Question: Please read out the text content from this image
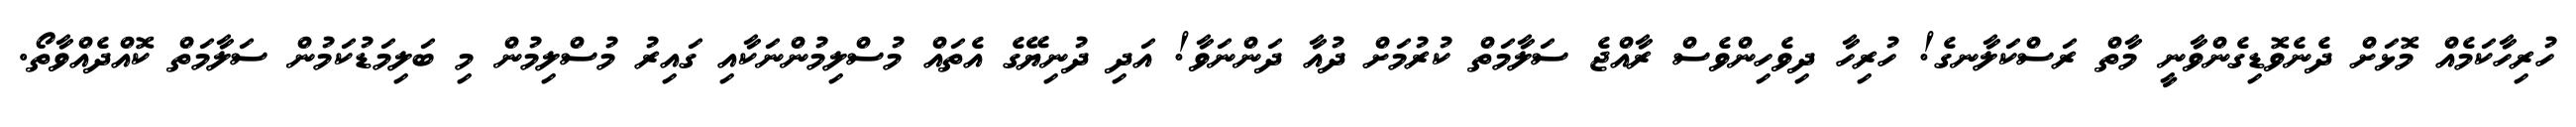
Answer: ހުރިހާކަމެއް މޮޅަށް ދެނެވޮޑިގެންވާނީ މާތް ރަސްކަލާނގެ! ހުރިހާ ދިވެހިންވެސް ރާއްޖެ ސަލާމަތް ކުރުމަށް ދުއާ ދަންނަވާ! އަދި ދުނިޔޭގެ އެތައް މުސްލިމުންނަކާއި ގައިރު މުސްލިމުން މި ބަލިމަޑުކަމުން ސަލާމަތް ކޮއްދެއްވާތޯ.